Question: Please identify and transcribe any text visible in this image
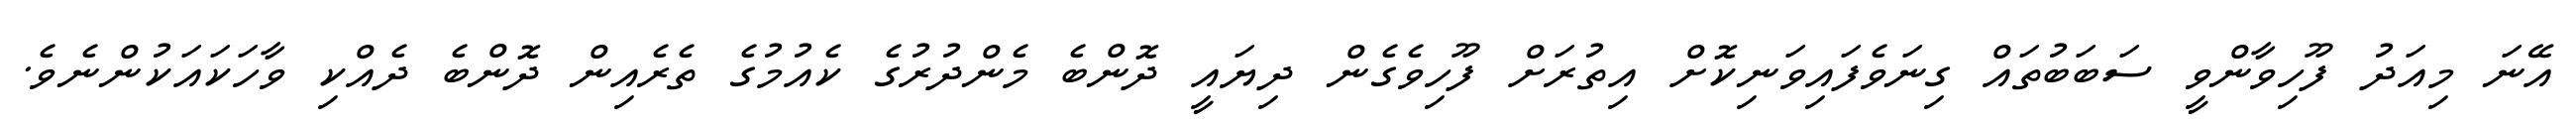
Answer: އޭނަ މިއަދު ފޫހިވާންވީ ސަބަބުތައް ގިނަވެފައިވަނިކޮށް އިތުރަށް ފޫހިވެގެން ދިޔައީ ދޮންބެ މެންދުރުގެ ކެއުމުގެ ތެރެއިން ދޮންބެ ދެއްކި ވާހަކައަކުންނެވެ.